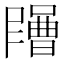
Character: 𡂶